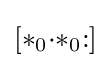
[*_{0}{\cdot }{*}_{0}{:}]